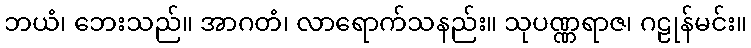
ဘယံ၊ ဘေးသည်။ အာဂတံ၊ လာရောက်သနည်း။ သုပဏ္ဏရာဇ၊ ဂဠုန်မင်း။